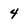
Character: 4